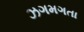
ઝગમગતા